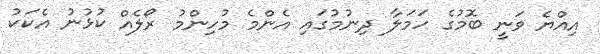
އިއްޔެ ވަނީ ބޮމުގެ ހަމަލާ ދިނުމުގައި އެންމެ މުހިންމު ރޯލެއް ކުޅުނު އެކަކު